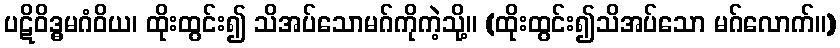
ပဋိဝိဒ္ဓမဂံဝိယ၊ ထိုးထွင်း၍ သိအပ်သောမဂ်ကိုကဲ့သို့။ (ထိုးထွင်း၍သိအပ်သော မဂ်လောက်။)